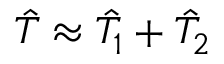
\hat { T } \approx \hat { T } _ { 1 } + \hat { T } _ { 2 }